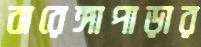
বারেঙ্গাপাড়ার